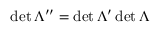
\operatorname* { d e t } \Lambda ^ { \prime \prime } = \operatorname* { d e t } \Lambda ^ { \prime } \operatorname* { d e t } \Lambda